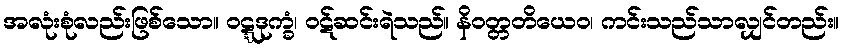
အလုံးစုံလည်းဖြစ်သော။ ဝဋ္ဋဒုက္ခံ၊ ဝဋ်ဆင်းရဲသည်။ နိဝတ္တတိယေဝ၊ ကင်းသည်သာလျှင်တည်း။